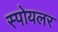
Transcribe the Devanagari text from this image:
स्पोयलर